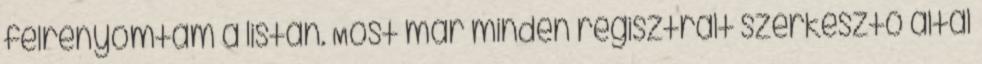
félrenyomtam a listán. Most már minden regisztrált szerkesztő által